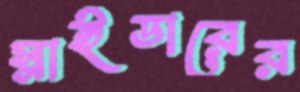
স্নাইডারের